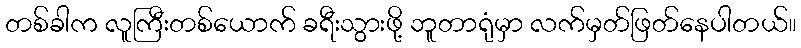
တစ်ခါက လူကြီးတစ်ယောက် ခရီးသွားဖို့ ဘူတာရုံမှာ လက်မှတ်ဖြတ်နေပါတယ်။